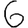
Digit: 6